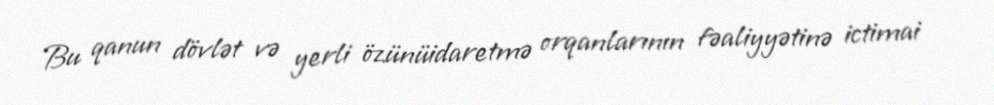
Bu qanun dövlət və yerli özünüidaretmə orqanlarının fəaliyyətinə ictimai